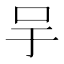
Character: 𠯊